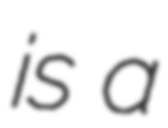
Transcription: is a